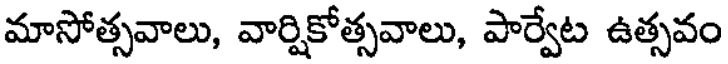
మాసోత్సవాలు, వార్షికోత్సవాలు, పార్వేట ఉత్సవం